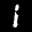
Label: 1